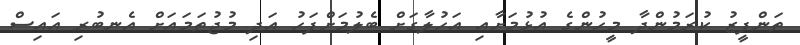
ތަންފީޒު ކުރަމުންދާ މީހުންގެ އުޅުމަށާއި އަހުލާގަށް ބެލުމަށްފަހު އަދި މުޖުތަމައަށް އެނބުރި އައިސް